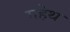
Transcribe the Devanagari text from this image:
गहेथ